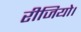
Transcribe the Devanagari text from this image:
रीजियो।